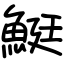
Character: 䱓